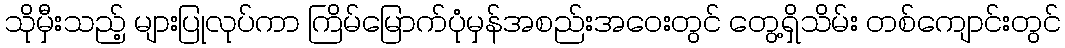
သိုမှီးသည့် များပြုလုပ်ကာ ကြိမ်မြောက်ပုံမှန်အစည်းအဝေးတွင် တွေ့ရှိသိမ်း တစ်ကျောင်းတွင်